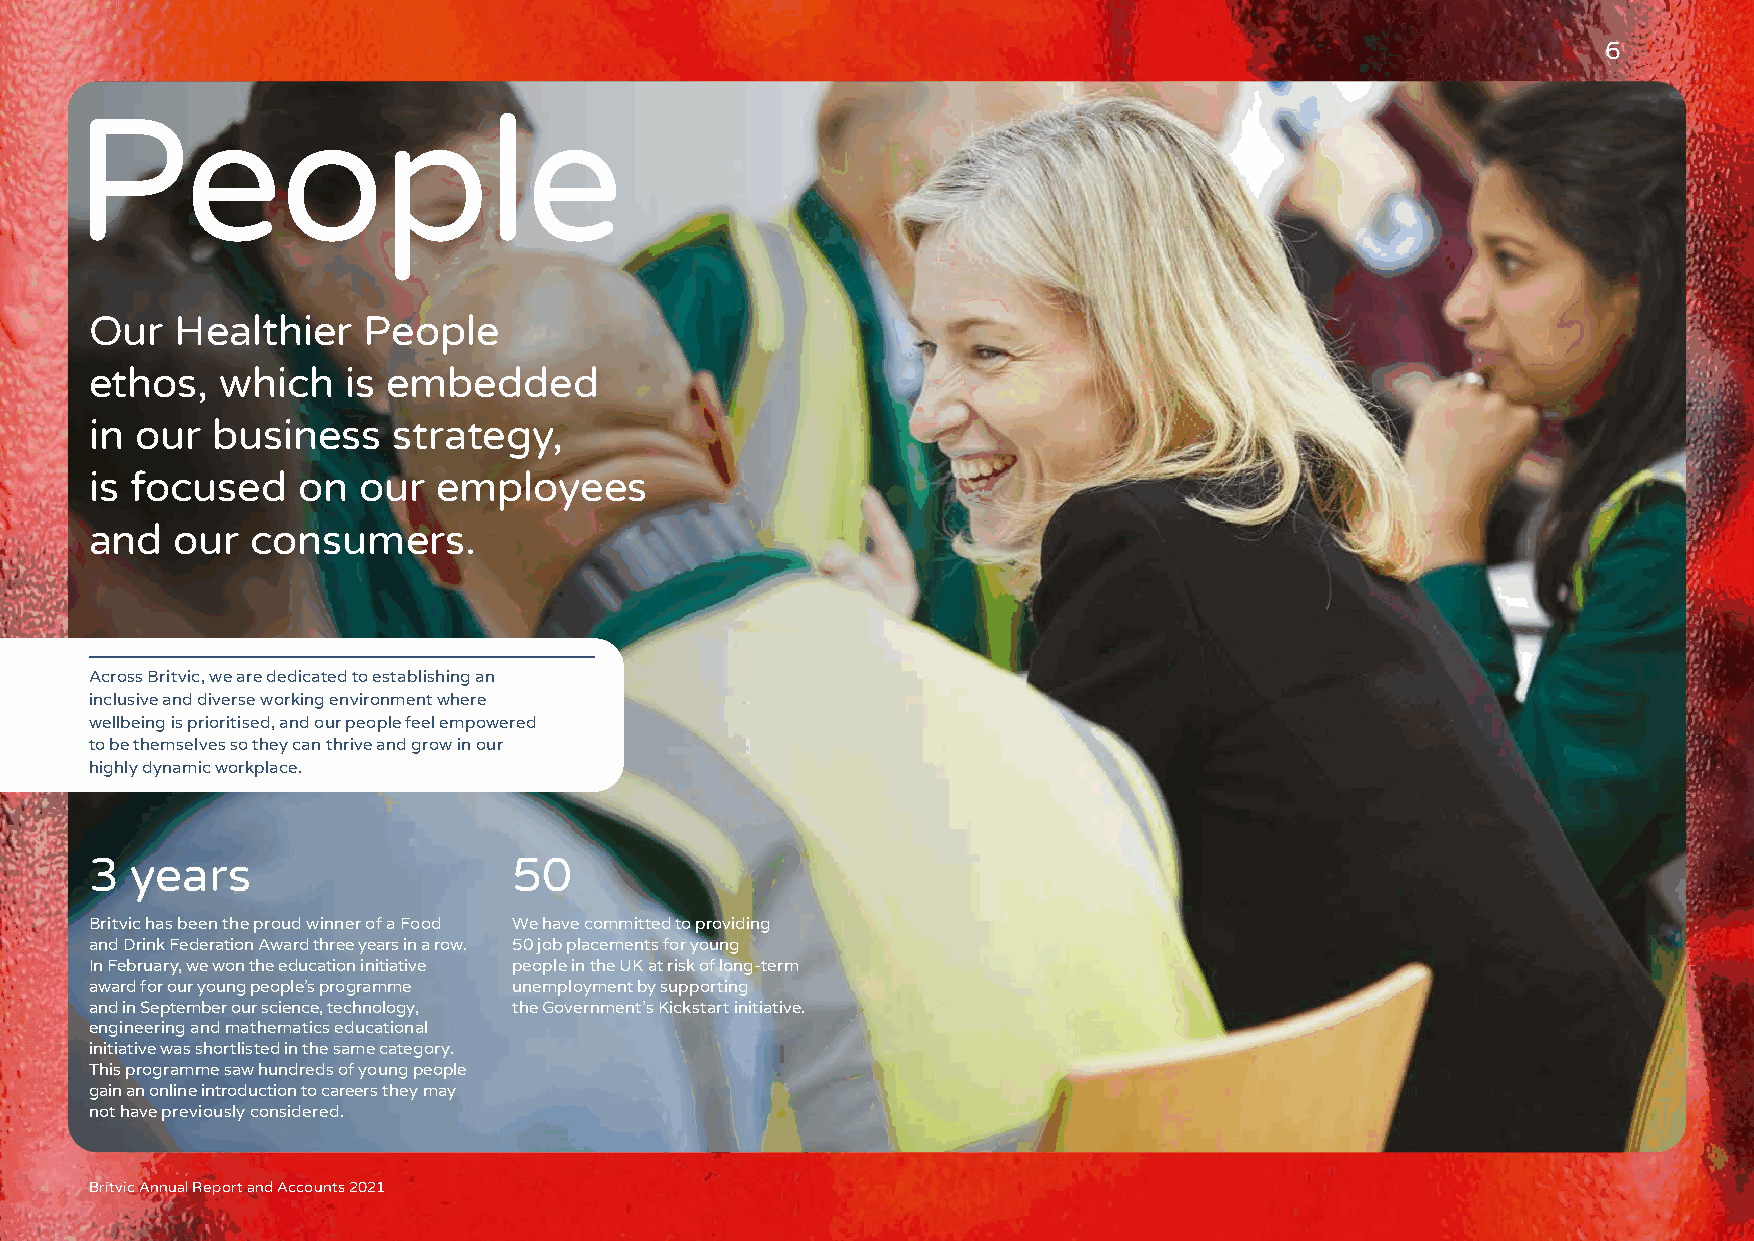
6
 P      eople
 Our   Healthier   People
 ethos,   which   is embedded
 in our  business    strategy,
 is focused    on  our  employees
 and   our  consumers.
 Across Britvic, we are dedicated to establishing an
 inclusive and diverse working environment where
 wellbeing is prioritised, and our people feel empowered
 to be themselves so they can thrive and grow in our
 highly dynamic workplace.
 3  years                    50
 Britvic has been the proud winner of a Food We have committed to providing
 and Drink Federation Award three years in a row. 50 job placements for young
 In February, we won the education initiative people in the UK at risk of long-term
 award for our young people’s programme unemployment by supporting
 and in September our science, technology, the Government’s Kickstart initiative.
 engineering and mathematics educational
 initiative was shortlisted in the same category.
 This programme saw hundreds of young people
 gain an online introduction to careers they may
 not have previously considered.
 Britvic Annual Report and Accounts 2021